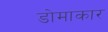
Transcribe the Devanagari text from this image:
डोमाकार